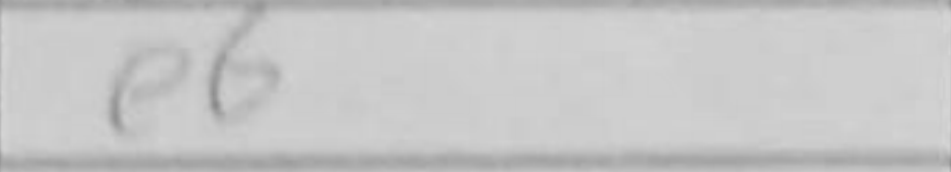
Transcription: e6